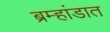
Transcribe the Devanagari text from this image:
ब्रम्हांडात